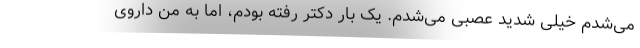
می‌شدم خیلی شدید عصبی می‌شدم. یک بار دکتر رفته بودم، اما به من داروی